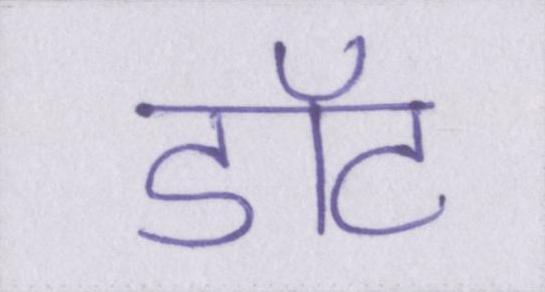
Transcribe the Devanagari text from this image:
डॉट